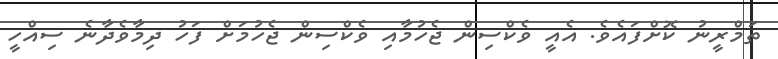
ތަމްރީނު ކޮށްފައެވެ. އެއީ ވެކްސިން ޖެހުމާއި ވެކްސިން ޖެހުމަށް ފަހު ދިމާވެދާނެ ސިއްހީ